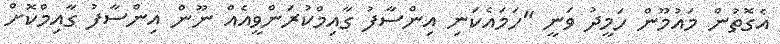
އެގޮތުން މައުމޫން ހަމީދު ވަނީ "ހަމައެކަނި އިންސާފު ގާއިމްކުރަންވީއެއް ނޫން އިންސާފު ގާއިމްކޮށް